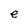
Character: e